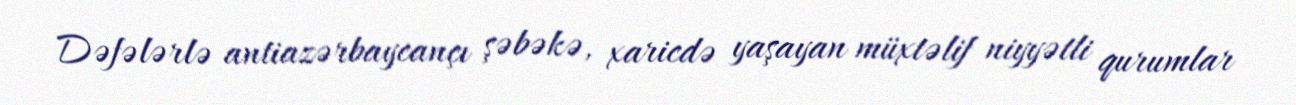
Dəfələrlə antiazərbaycançı şəbəkə, xaricdə yaşayan müxtəlif niyyətli qurumlar